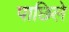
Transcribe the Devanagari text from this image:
पाछिले